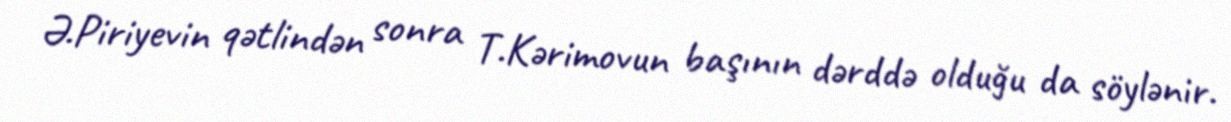
Ə.Piriyevin qətlindən sonra T.Kərimovun başının dərddə olduğu da söylənir.